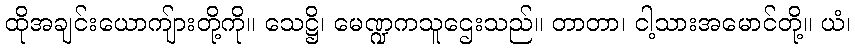
ထိုအချင်းယောကျ်ားတို့ကို။ သေဋ္ဌိ၊ မေဏ္ဍကသူဌေးသည်။ တာတာ၊ ငါ့သားအမောင်တို့။ ယံ၊